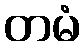
တမံ